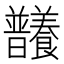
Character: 𣌞